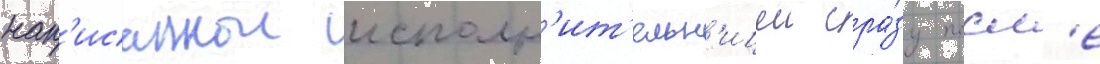
нап'исаннои исполн'ит'ельн'ицеи сра́зу посл'е